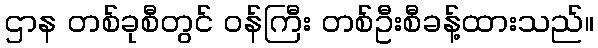
ဌာန တစ်ခုစီတွင် ဝန်ကြီး တစ်ဦးစီခန့်ထားသည်။